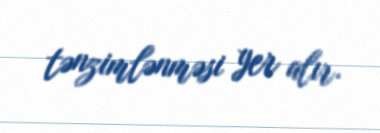
tənzimlənməsi yer alır.